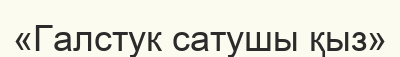
«Галстук сатушы қыз»